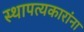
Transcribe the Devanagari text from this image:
स्थापत्यकारांना